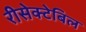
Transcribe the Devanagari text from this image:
रीसेक्टेबिल